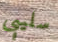
سليبي